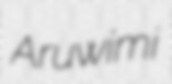
Aruwimi